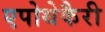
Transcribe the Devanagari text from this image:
एपोथेकैरी